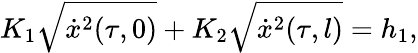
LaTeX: K_{1}\sqrt{\dot{x}^{2}(\tau,0)}+K_{2}\sqrt{\dot{x}^{2}(\tau,l)}=h_{1},